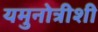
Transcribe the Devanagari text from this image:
यमुनोत्रीशी